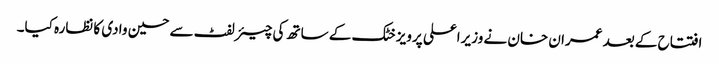
افتتاح کے بعد عمران خان نے وزیراعلی پرویز خٹک کے ساتھ کی چیئرلفٹ سے حسین وادی کا نظارہ کیا۔